Lunatic asylums Madras 1892-1911 - 1892-1911
Year: 1892
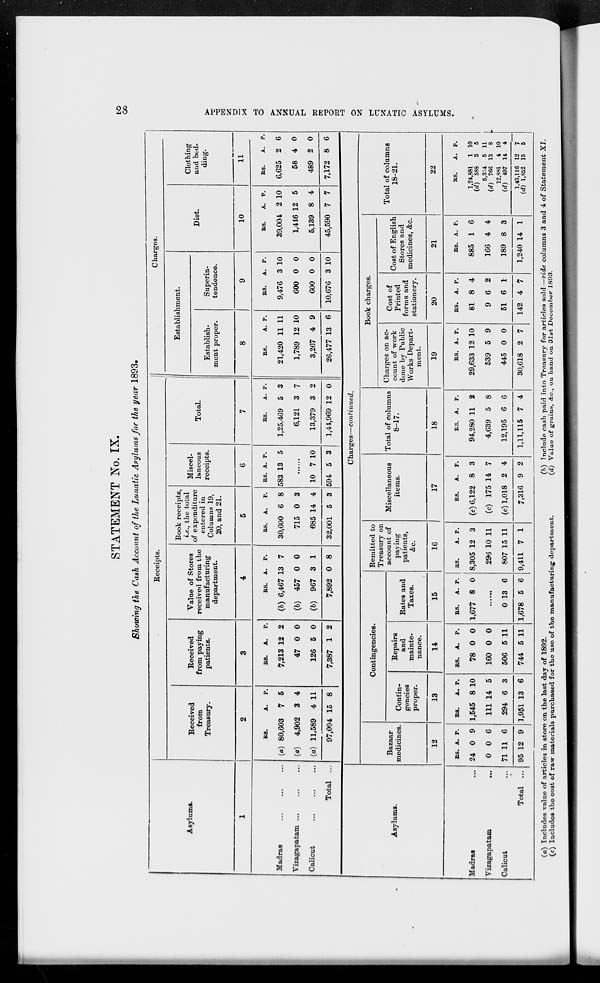
28
APPENDIX TO ANNUAL REPORT ON LUNATIC ASYLUMS.
STATEMENT No. IX.
Showing the Cash Account of the Lunatic Asylums for the year 1893.
Asylums.
1
Madras ... ... ...
Vizagapatam ... ... ...
Calicut ... ... ...
Total ...
Receipts.
Received
from
Treasury.
2
Rs.
(a) 80,603
(a) 4,902
(a) 11,589
97,094
A.
7
3
4
15
P.
5
4
11
8
Received
from paying
patients.
3
Rs.
7,213
47
126
7,387
A.
12
0
5
1
P.
2
0
0
2
Value of Stores
received from the
manufacturing
department.
4
Rs.
(b) 6,467
(b) 457
(b) 967
7,892
A.
13
0
3
0
P.
7
0
1
8
Book receipts,
i.e., the total
of expenditure
entered in
Columns 19,
20, and 21.
5
Rs.
30,600
715
685
32,001
A.
6
0
14
5
P.
8
3
4
3
Miscel-
laneous
receipts.
6
Rs.
583
A.
13
P.
5
......
10
594
7
5
10
3
Total.
7
Rs.
1,25,469
6,121
13,379
l,44,969
A.
5
3
3
12
P.
3
7
2
0
Charges.
Establishment.
Establish-
ment proper.
8
Rs.
21,420
1,789
3,267
26,477
A.
11
12
4
13
P.
11
10
9
6
Superin-
tendence.
9
Rs.
9,476
600
600
10,676
A.
3
0
0
3
P.
10
0
0
10
Diet.
10
Rs.
39,004
1,446
5,139
45,590
A.
2
12
8
7
P.
10
5
4
7
Clothing
and bed-
ding.
11
Rs.
6,625
58
489
7,172
A.
2
4
2
8
P.
6
0
0
6
Asylums.
Madras ...
Vizagapatam ...
Calicut ...
Total ...
Charges—continued.
Bazaar
medicines.
12
Rs.
24
0
71
95
A.
0
0
11
12
P.
9
6
6
9
Contingencies.
Contin-
gencies
proper.
13
Rs.
1,545
111
294
1,951
A.
8
14
6
13
P.
10
5
3
6
Repairs
and
mainte-
nance.
14
Rs.
78
160
506
744
A.
0
0
5
5
P.
0
0
11
11
Rates and
Taxes.
15
Rs.
1,677
A.
8
P.
0
......
0
1,678
13
5
6
6
Remitted to
Treasury on
account of
paying
patients,
&c.
16
Rs.
8,305
296
807
9,411
A.
12
10
15
7
P.
3
11
11
1
Miscellaneous
items.
17
Rs.
(c) 6,122
(c) 175
(c) 1,018
7,316
A.
8
14
2
9
P.
3
7
4
2
Total of columns
8—17.
18
Rs.
94,280
4,639
12,195
1,11,115
A.
11
5
6
7
P.
2
8
6
4
Book charges.
Charges on ac-
count of work
done by Public
Works Depart-
ment.
19
Rs.
29,633
539
445
30,618
A.
12
5
0
2
P.
10
9
0
7
Cost of
Printed
forms and
stationery.
20
Rs.
81
9
51
142
A.
8
6
6
4
P.
4
2
1
7
Cost of English
Stores and
medicines, &c.
21
Rs.
885
166
189
1,240
A.
1
4
8
14
P.
6
4
3
1
Total of columns
18—21.
22
Rs.
1,24,881
(d) 588
5,354
(d)
766
12,881
(d)
497
1,43,116
(d) 1,852
A.
1
3
5
13
4
14
12
15
P.
10
5
11
8
10
4
7
5
(a) Includes value of articles in store on the last day of 1892.
(b) Include cash paid into Treasury for articles sold—vide columns 3 and 4 of Statement XI.
(c) Includes the cost of raw materials purchased for the use of the manufacturing department.
(d) Value of grains, &c, on hand on 31st December 1893.